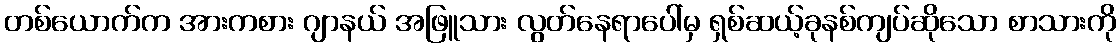
တစ်ယောက်က အားကစား ဂျာနယ် အဖြူသား လွတ်နေရာပေါ်မှ ရှစ်ဆယ့်ခုနစ်ကျပ်ဆိုသော စာသားကို